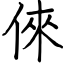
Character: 倈